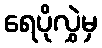
ရေပိုလွှဲမှ